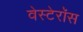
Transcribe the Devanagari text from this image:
वेस्टेरॉस